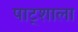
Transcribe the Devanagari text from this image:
पाट्शाला